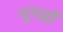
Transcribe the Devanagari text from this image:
युगार्द्धों